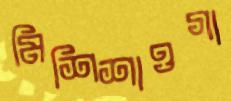
মিশিশাওগা